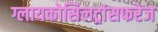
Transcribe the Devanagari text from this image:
ग्लायकोसिलट्रांसफरेज